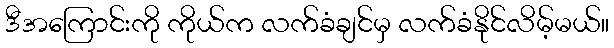
ဒီအကြောင်းကို ကိုယ်က လက်ခံချင်မှ လက်ခံနိုင်လိမ့်မယ်။